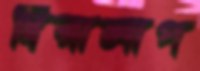
দ্বিরালাপ